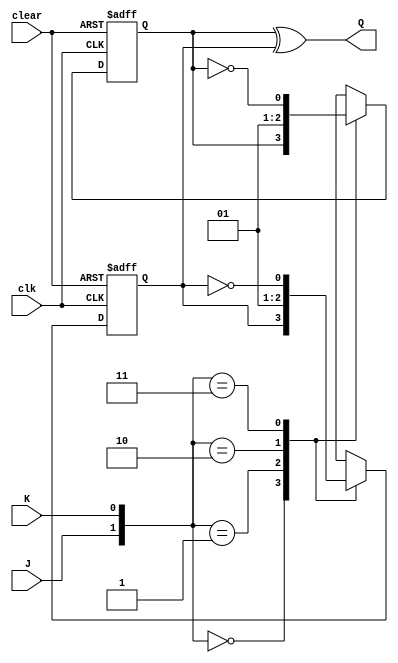
module jk_flip_flop (
    input J,
    input K,
    input clk,
    input clear,
    output reg Q
);

reg D1, D2;

always @ (posedge clk or posedge clear)
begin
    if (clear)
    begin
        D1 <= 1'b0;
        D2 <= 1'b0;
    end
    else
    begin
        case ({J, K})
            2'b00: begin // No change
                     D1 <= D1;
                     D2 <= D2;
                 end
            2'b01: begin // Reset
                     D1 <= 1'b0;
                     D2 <= 1'b0;
                 end
            2'b10: begin // Set
                     D1 <= 1'b1;
                     D2 <= 1'b1;
                 end
            2'b11: begin // Toggle
                     D1 <= ~D1;
                     D2 <= ~D2;
                 end
        endcase
    end
end

assign Q = D1 ^ D2;

endmodule